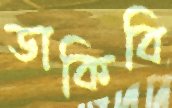
ডাকিবি